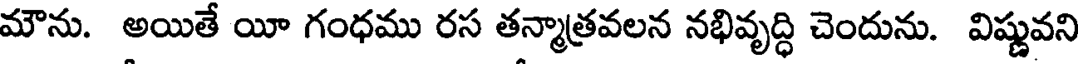
మౌను. అయితే యీ గంధము రస తన్మాత్రవలన నభివృద్ధి చెందును. విష్ణువని